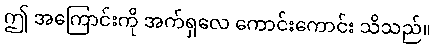
ဤ အကြောင်းကို အက်ရှလေ ကောင်းကောင်း သိသည်။